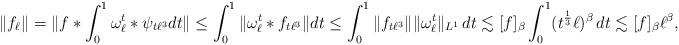
LaTeX: \begin{align*}\|f_\ell\|&=\|f*\int_0^1\omega^{t}_\ell*\psi_{t\ell^3} dt\|\leq \int_0^1 \|\omega^{t}_\ell*f_{t\ell^3}\| dt \leq \int_0^1 \|f_{t\ell^3}\| \|\omega^{t}_\ell\|_{L^1}\, dt\lesssim [f]_\beta \int_0^1 (t^{\frac13}\ell)^\beta \, dt\lesssim [f]_\beta \ell^\beta,\end{align*}